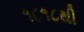
૧૮૧૮થી